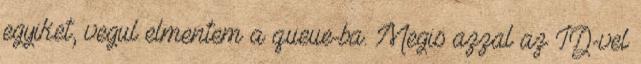
egyiket, vegul elmentem a queue-ba. Megis azzal az ID-vel